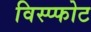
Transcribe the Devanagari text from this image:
विस्प्फोट